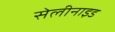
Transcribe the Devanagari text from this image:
सेलीनाइड